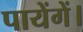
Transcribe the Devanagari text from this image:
पायेंगें।